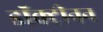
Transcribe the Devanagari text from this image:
डॉक्ट्रीनन